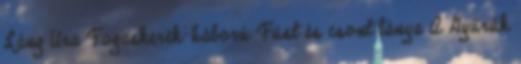
Láng Ura Fogaskerék-háború Füst és csont lánya A Gyűrűk